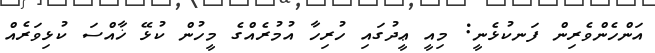
އަންހެންވެރިން ފަނކުޅެނީ: މިއީ ޢީދުގައި ހުރިހާ އުމުރެއްގެ މީހުން ކުޅޭ ޚާއްސަ ކުޅިވަރެއް